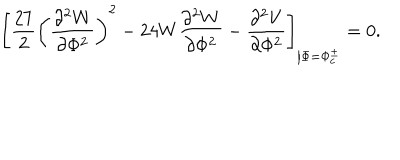
LaTeX: \left[ \frac { 2 7 } { 2 } \left( \frac { \partial ^ { 2 } W } { \partial \Phi ^ { 2 } } \right) ^ { 2 } - 2 4 W \frac { \partial ^ { 2 } W } { \partial \Phi ^ { 2 } } - \frac { \partial ^ { 2 } V } { \partial \Phi ^ { 2 } } \right] _ { \left| \Phi = \Phi _ { c } ^ { \pm } \right. } = 0 .